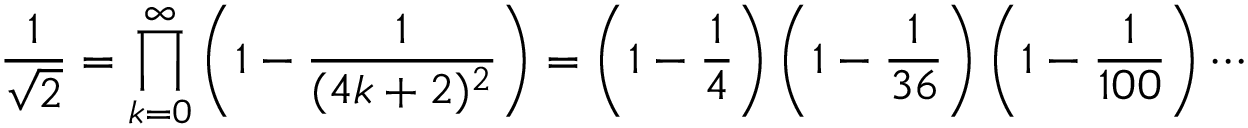
{ \frac { 1 } { \sqrt { 2 } } } = \prod _ { k = 0 } ^ { \infty } \left( 1 - { \frac { 1 } { ( 4 k + 2 ) ^ { 2 } } } \right) = \left( 1 - { \frac { 1 } { 4 } } \right) \left( 1 - { \frac { 1 } { 3 6 } } \right) \left( 1 - { \frac { 1 } { 1 0 0 } } \right) \cdots